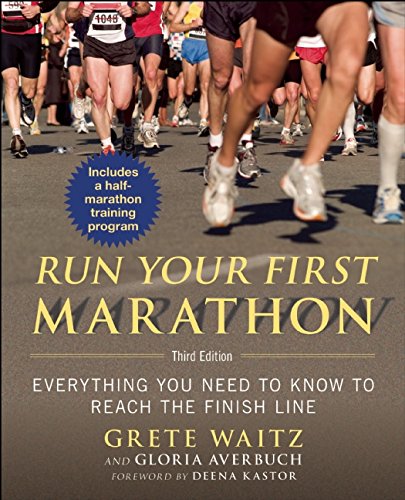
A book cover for Run Your First Marathon: Everything You Need to Know to Reach the Finish Line; Grete Waitz; Health, Fitness & Dieting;